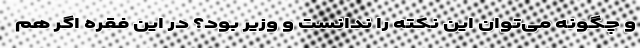
و چگونه می‌توان این نکته را ندانست و وزیر بود؟ در این فقره اگر هم